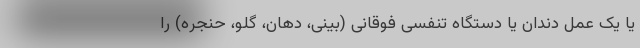
یا یک عمل دندان یا دستگاه تنفسی فوقانی (بینی، دهان، گلو، حنجره) را